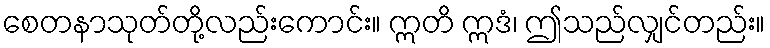
စေတနာသုတ်တို့လည်းကောင်း။ ဣတိ ဣဒံ၊ ဤသည်လျှင်တည်း။